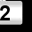
Digit: 2